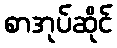
စာအုပ်ဆိုင်